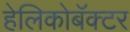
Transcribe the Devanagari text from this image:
हेलिकोबॅक्टर